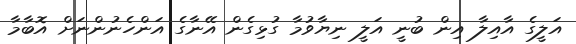
އަލީގެ އާއިލާ އިން ބުނީ އަލީ ނިޔާވުމާ ގުޅިގެން އޭނާގެ އަންހެނުންނަށް އޮބާމާ